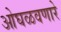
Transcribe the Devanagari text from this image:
ओघळवणारे